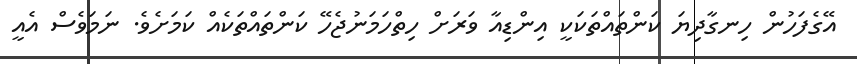
އޭގެފަހުން ހިނގާދިޔަ ކަންތައްތަކަކީ އިންޑިއާ ވަރަށް ހިތްހަމަނުޖެހޭ ކަންތައްތަކެއް ކަމަށެވެ. ނަމަވެސް އެއީ